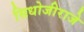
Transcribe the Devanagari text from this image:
सिधोजीराजे